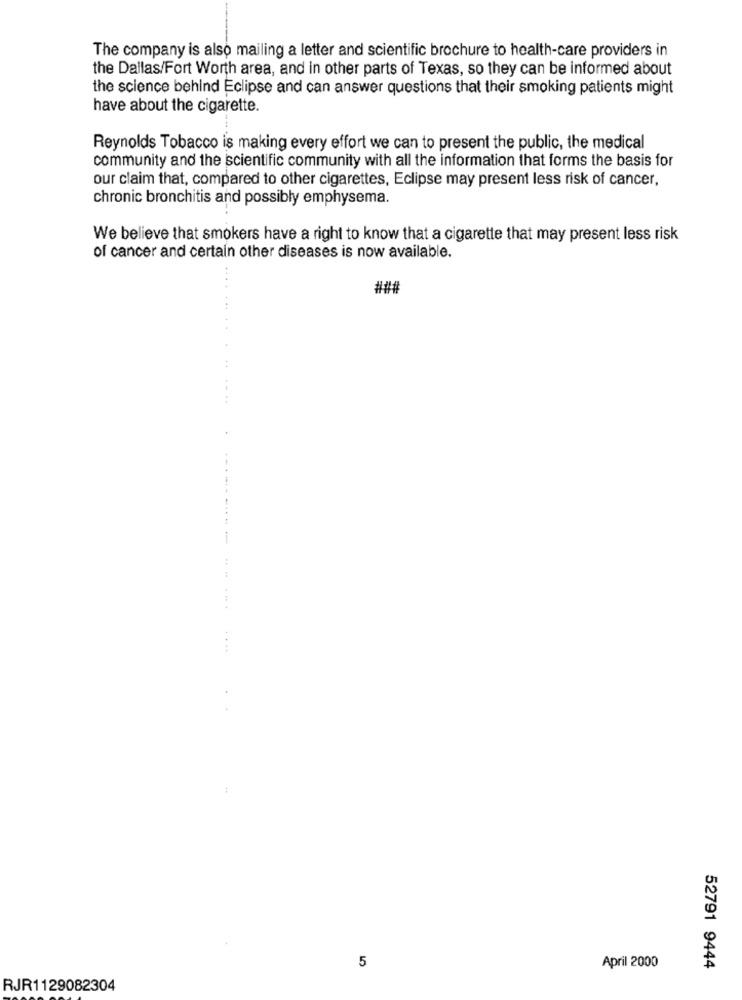
The company is also mailing a letter and scientific brochure to health-care providers in
the Dallas/Fort Worth area, and in other parts of Texas, so they can be informed about
the science behind Eclipse and can answer questions that their smoking patients might
have about the cigarette.
Reynolds Tobacco is making every effort we can to present the public, the medical
community and the scientific community with all the information that forms the basis for
our claim that, compared to other cigarettes, Eclipse may present less risk of cancer,
chronic bronchitis and possibly emphysema.
We believe that smokers have a right to know that a cigarette that may present less risk
of cancer and certain other diseases is now available.
5
April 2000
52791 9444
RJR1129082304